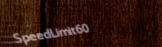
SpeedLimit60